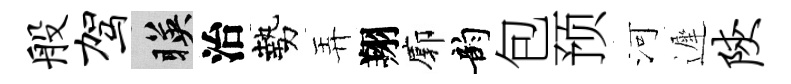
般驾暎治勢弄翔廓韵包预河遲陕